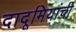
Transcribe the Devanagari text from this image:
दादूमियांची